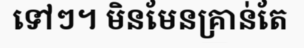
ទៅៗ។ មិនមែនគ្រាន់តែ